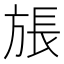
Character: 𪯹